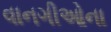
વાનગીઓના